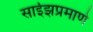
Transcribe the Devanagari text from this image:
साईझप्रमाणे